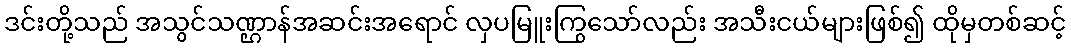
ဒင်းတို့သည် အသွင်သဏ္ဌာန်အဆင်းအရောင် လှပမြူးကြွသော်လည်း အသီးငယ်များဖြစ်၍ ထိုမှတစ်ဆင့်